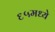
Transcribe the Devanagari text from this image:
६५मध्ये